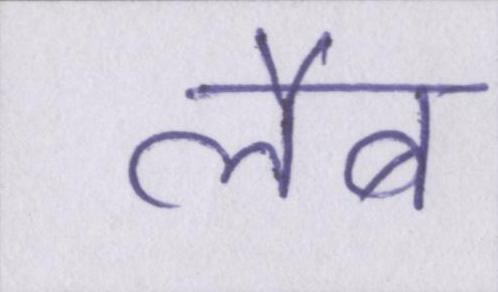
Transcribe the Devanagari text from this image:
लैब